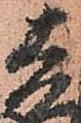
吉